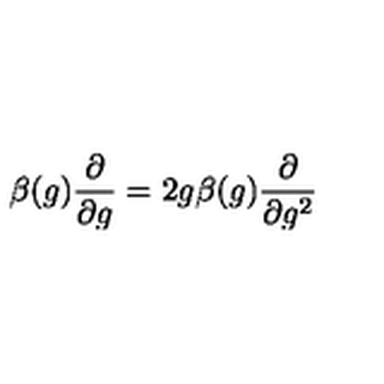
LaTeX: \beta ( g ) \frac { \partial } { \partial g } = 2 g \beta ( g ) \frac { \partial } { \partial g ^ { 2 } }